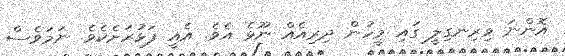
އޮންނަ ވިރިނގިލީ ގައި މީހުން ދިރިއެއް ނޫޅެ އެވެ. އެއީ ފަޅުރަށެކެވެ. ނަމަވެސް